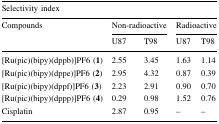
| <COLSPAN=5> Selectivity index |
 | <ROWSPAN=2> Compounds | <COLSPAN=2> Non-radioactive | <COLSPAN=2> Radioactive |
 | U87 | T98 | U87 | T98 |
 | --- | --- | --- | --- | --- |
 | [Ru(pic)(bipy)(dppb)]PF6 (1) | 2.55 | 3.45 | 1.63 | 1.14 |
 | [Ru(pic)(bipy)(dppe)]PF6 (2) | 2.95 | 4.32 | 0.87 | 0.39 |
 | [Ru(pic)(bipy)(dppf)]PF6 (3) | 2.23 | 2.91 | 0.90 | 0.70 |
 | [Ru(pic)(bipy)(dppp)]PF6 (4) | 0.29 | 0.98 | 1.52 | 0.76 |
 | Cisplatin | 2.87 | 0.95 | – | – |